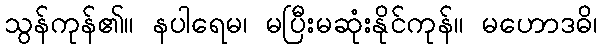
သွန်ကုန်၏။ နပါရေမ၊ မပြီးမဆုံးနိုင်ကုန်။ မဟောဒဓိ၊